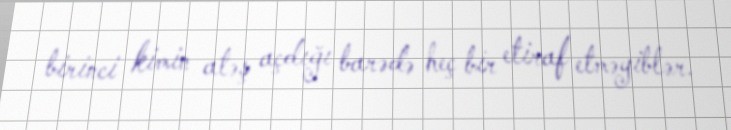
birinci kimin atəş açdığı barədə heç bir etiraf etməyiblər.